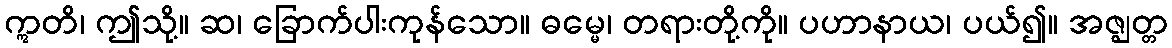
ဣတိ၊ ဤသို့။ ဆ၊ ခြောက်ပါးကုန်သော။ ဓမ္မေ၊ တရားတို့ကို။ ပဟာနာယ၊ ပယ်၍။ အဇ္ဈတ္တ